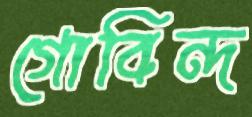
গোবিন্দ